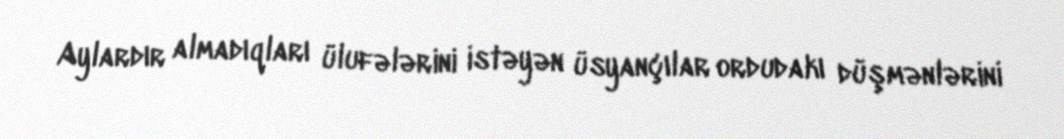
Aylardır almadıqları ülufələrini istəyən üsyançılar ordudakı düşmənlərini